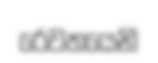
රෙවතයෙනි